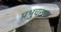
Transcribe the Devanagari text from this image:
प्रभुचरण